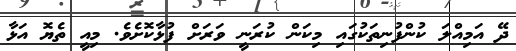
ދޭ އަމިއްލަ ކުންފުނިތަކުގައި މިކަން ކުރަނީ ވަރަށް ފުޅާކޮށެވެ. މިއީ ތެޔޮ އަޅާ